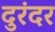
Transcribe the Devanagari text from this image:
दुरंदर